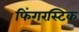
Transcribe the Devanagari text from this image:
फिंगरस्टिक